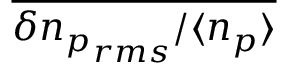
\overline { { \delta { n _ { p } } _ { r m s } / \langle n _ { p } \rangle } }